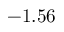
- 1 . 5 6